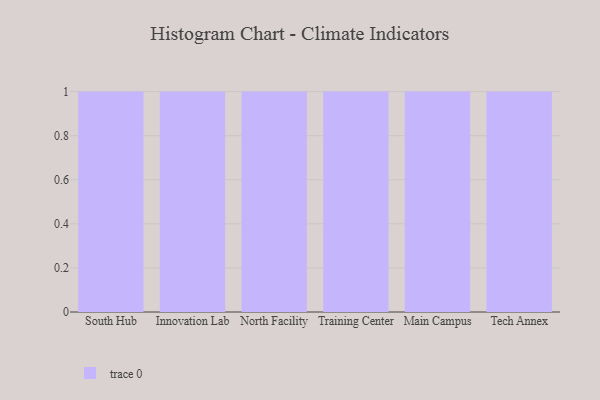
{"axis": {"x": "Campus", "y": "Production Output"}, "legend": [""], "data": [{"x": "South Hub", "y": 56, "type": ""}, {"x": "Innovation Lab", "y": 92, "type": ""}, {"x": "North Facility", "y": 50, "type": ""}, {"x": "Training Center", "y": 33, "type": ""}, {"x": "Main Campus", "y": 74, "type": ""}, {"x": "Tech Annex", "y": 75, "type": ""}]}